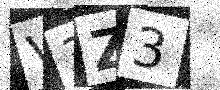
Text: V3Z3